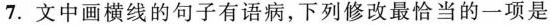
7. 文中画横线的句子有语病，下列修改最恰当的一项是